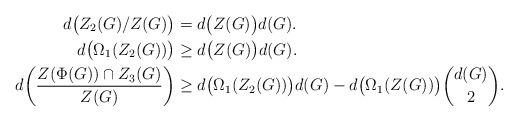
LaTeX: \begin{align*} d\big(Z_2(G)/Z(G)\big)&= d\big(Z(G)\big) d(G).\\ d\big(\Omega_1(Z_2(G))\big)&\ge d\big(Z(G)\big) d(G).\\ d\bigg(\frac{Z(\Phi(G))\cap Z_3(G)}{Z(G)}\bigg)&\ge d\big(\Omega_1(Z_2(G))\big)d(G)- d\big(\Omega_1(Z(G))\big) {{d(G)}\choose{2}}.\end{align*}